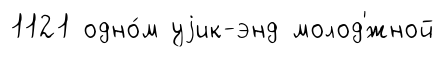
1121 одно́м уjик-энд молод'́жной